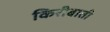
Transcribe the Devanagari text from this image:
किरीबाती